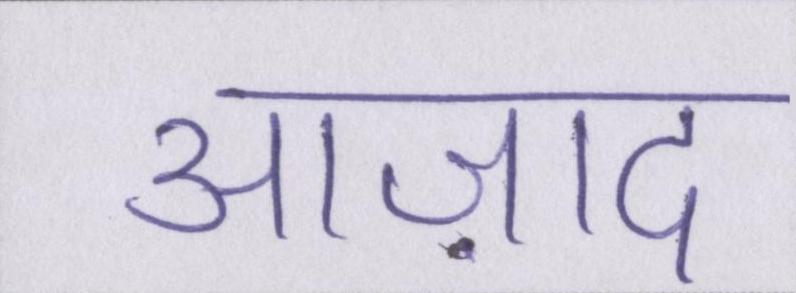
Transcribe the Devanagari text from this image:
आज़ाद